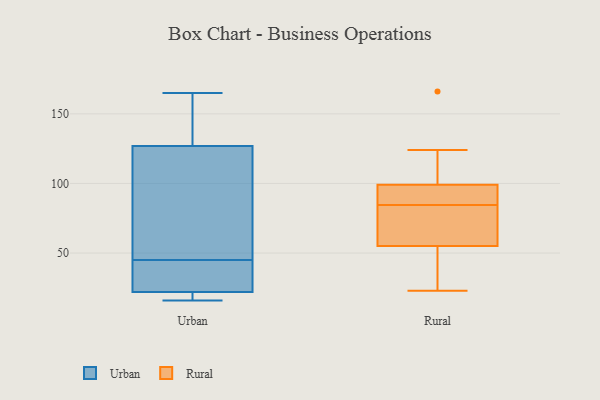
{"axis": {"x": "Bounce Rate (%)", "y": "Value"}, "legend": ["Rural", "Urban"], "data": [{"x": "", "y": 38, "type": "Urban"}, {"x": "", "y": 26, "type": "Urban"}, {"x": "", "y": 127, "type": "Urban"}, {"x": "", "y": 165, "type": "Urban"}, {"x": "", "y": 155, "type": "Urban"}, {"x": "", "y": 22, "type": "Urban"}, {"x": "", "y": 52, "type": "Urban"}, {"x": "", "y": 19, "type": "Urban"}, {"x": "", "y": 110, "type": "Urban"}, {"x": "", "y": 16, "type": "Urban"}, {"x": "", "y": 90, "type": "Rural"}, {"x": "", "y": 95, "type": "Rural"}, {"x": "", "y": 61, "type": "Rural"}, {"x": "", "y": 99, "type": "Rural"}, {"x": "", "y": 124, "type": "Rural"}, {"x": "", "y": 55, "type": "Rural"}, {"x": "", "y": 41, "type": "Rural"}, {"x": "", "y": 79, "type": "Rural"}, {"x": "", "y": 166, "type": "Rural"}, {"x": "", "y": 23, "type": "Rural"}]}